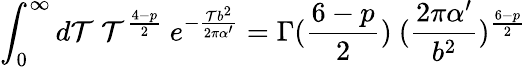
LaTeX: \int_{0}^{\infty}d\mathcal{T}~\mathcal{T}^{\frac{{4-p}}{{2}}}~e^{-{\frac{{\mathcal{T}b^{2}}}{{2\pi\alpha^{\prime}}}}}=\Gamma({\frac{{6-p}}{{2}}})~({\frac{{2\pi\alpha^{\prime}}}{{b^{2}}}})^{\frac{{6-p}}{{2}}}